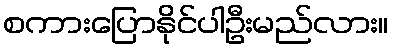
စကားပြောနိုင်ပါဦးမည်လား။